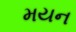
મયન